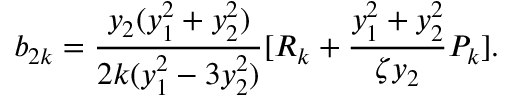
b _ { 2 k } = \frac { y _ { 2 } ( y _ { 1 } ^ { 2 } + y _ { 2 } ^ { 2 } ) } { 2 k ( y _ { 1 } ^ { 2 } - 3 y _ { 2 } ^ { 2 } ) } [ R _ { k } + \frac { y _ { 1 } ^ { 2 } + y _ { 2 } ^ { 2 } } { \zeta y _ { 2 } } P _ { k } ] .